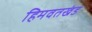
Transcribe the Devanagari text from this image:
हिमवतखंड